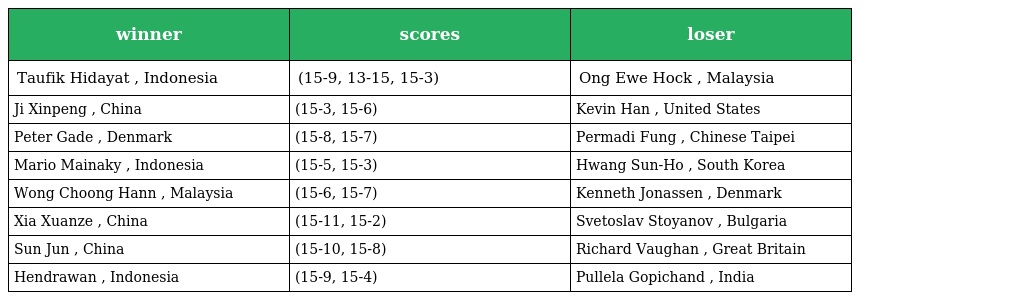
| winner | scores | loser |
 | --- | --- | --- |
 | Taufik Hidayat , Indonesia | (15-9, 13-15, 15-3) | Ong Ewe Hock , Malaysia |
 | Ji Xinpeng , China | (15-3, 15-6) | Kevin Han , United States |
 | Peter Gade , Denmark | (15-8, 15-7) | Permadi Fung , Chinese Taipei |
 | Mario Mainaky , Indonesia | (15-5, 15-3) | Hwang Sun-Ho , South Korea |
 | Wong Choong Hann , Malaysia | (15-6, 15-7) | Kenneth Jonassen , Denmark |
 | Xia Xuanze , China | (15-11, 15-2) | Svetoslav Stoyanov , Bulgaria |
 | Sun Jun , China | (15-10, 15-8) | Richard Vaughan , Great Britain |
 | Hendrawan , Indonesia | (15-9, 15-4) | Pullela Gopichand , India |